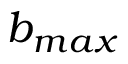
b _ { m a x }